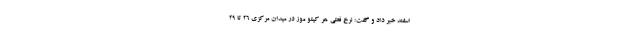
اسفند خبر داد و گفت: نرخ فعلی هر کیلو موز در میدان مرکزی ۲۶ تا ۲۹